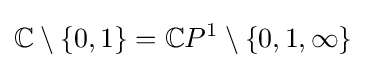
\mathbb {C} \setminus \{0,1\}=\mathbb {C} P^{1}\setminus \{0,1,\infty \}